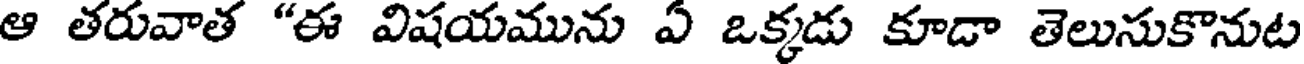
ఆ తరువాత "ఈ విషయమును ఏ ఒక్కడు కూడా తెలుసుకొనుట